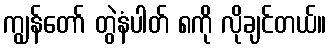
ကျွန်တော် တွဲနံပါတ် ၈ကို လိုချင်တယ်။